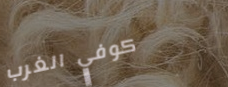
كوفي الغرب